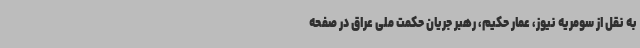
به نقل از سومریه نیوز، عمار حکیم، رهبر جریان حکمت ملی عراق در صفحه